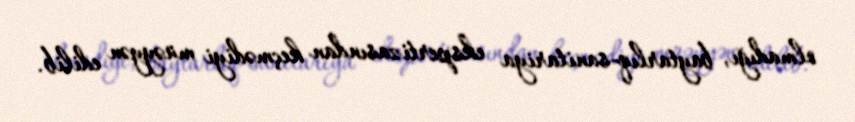
olmadığı, baytarlıq-sanitariya ekspertizasından keçmədiyi müəyyən edilib.